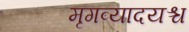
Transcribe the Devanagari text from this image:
मृगव्यादयश्च